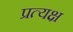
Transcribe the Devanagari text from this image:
प्रत्यक्ष